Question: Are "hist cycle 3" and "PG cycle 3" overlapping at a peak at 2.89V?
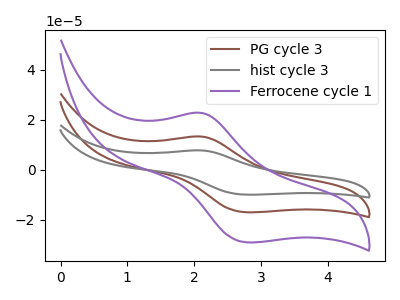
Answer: <think>The brown curve "PG cycle 3" has an anodic peak at (2.10V, 13.30uA) and a cathodic peak at (2.80V, -16.95uA). The gray curve "hist cycle 3" has an anodic peak at (2.10V, 26.60uA) and a cathodic peak at (2.80V, -33.90uA). The purple curve "Ferrocene cycle 1" has an anodic peak at (2.10V, 22.75uA) and a cathodic peak at (2.80V, -28.95uA).</think>
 <answer>No, "hist cycle 3" and "PG cycle 3" dont share a peak at 2.89V.</answer>
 <eval>mismatch</eval>